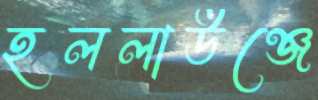
হললাউঞ্জে